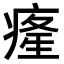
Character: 𤸇